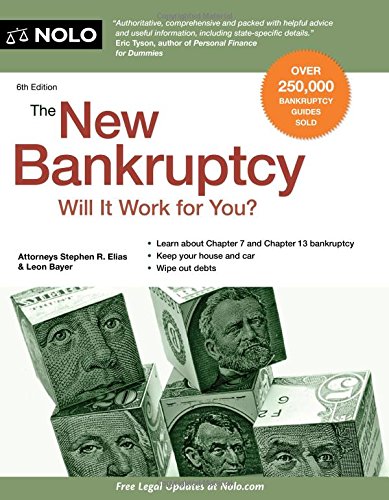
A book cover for New Bankruptcy, The: Will It Work for You?; Stephen Elias Attorney; Law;